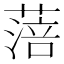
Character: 𦹃